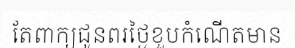
តែពាក្យជូនពរថ្ងៃខួបកំណើតមាន